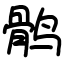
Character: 鹘